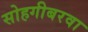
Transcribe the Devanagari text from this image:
सोहगीबरवा